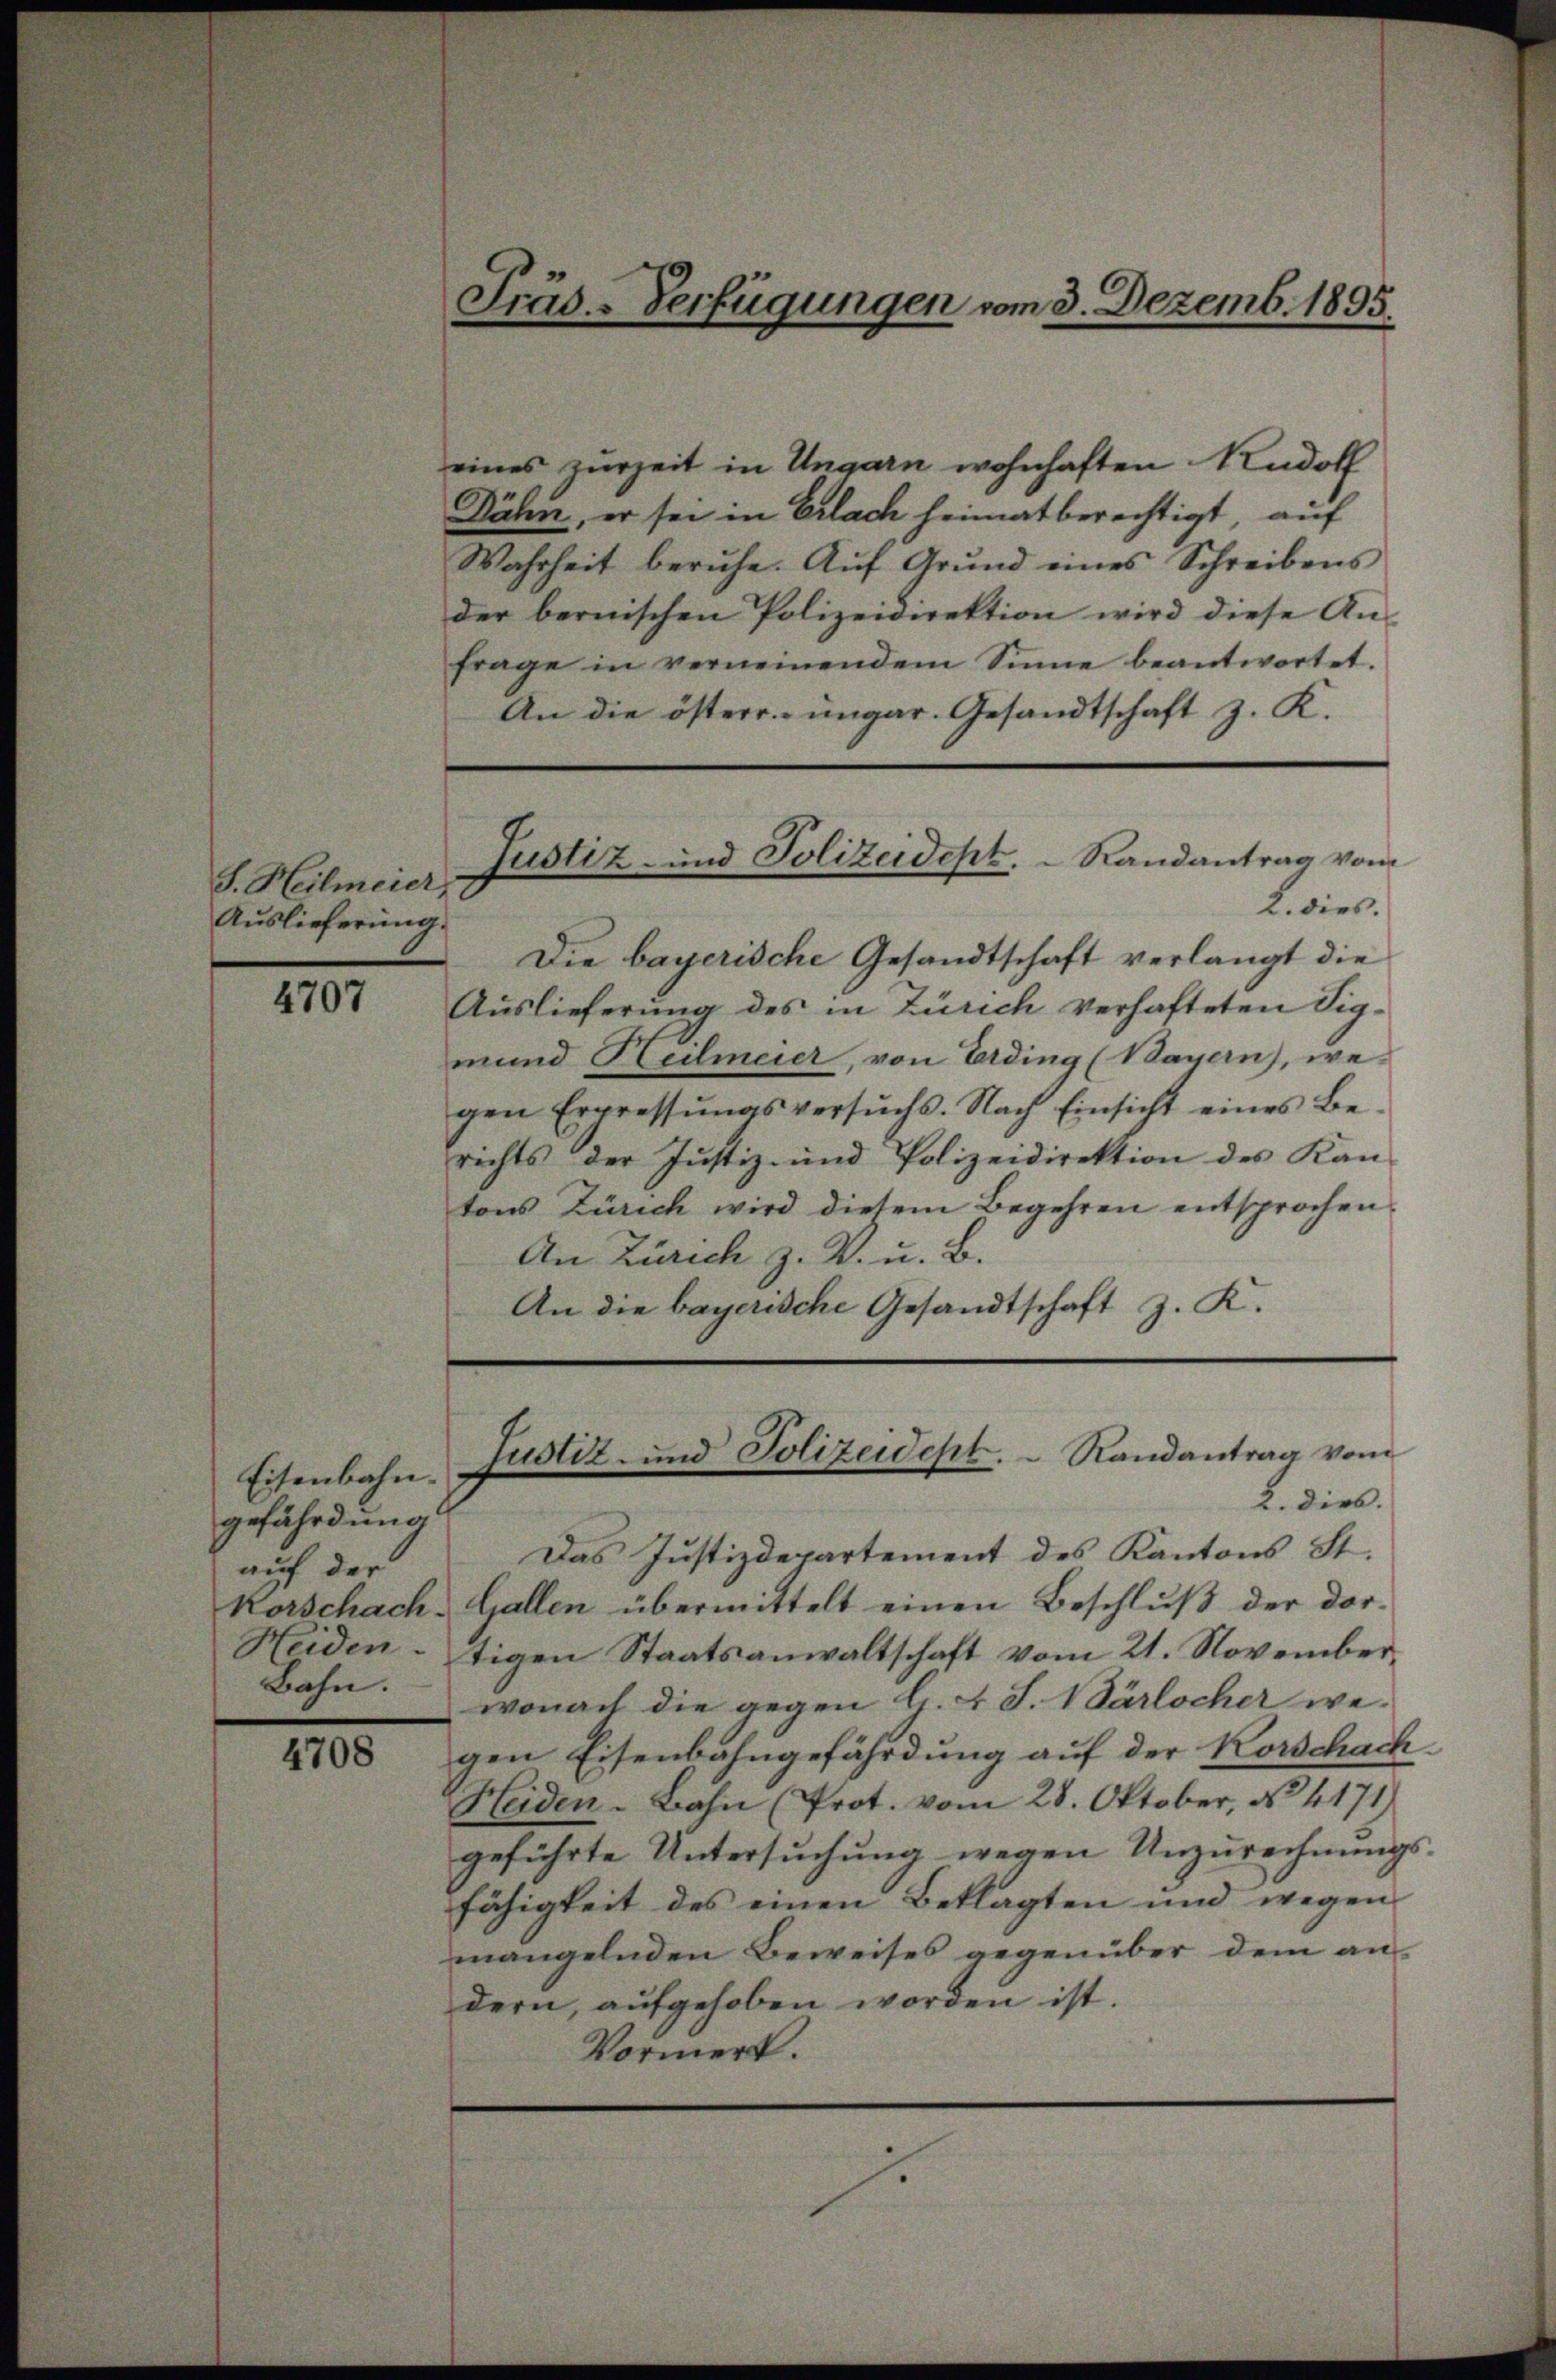
S. Heilmeier,
Auslieferung.

4707

Eisenbahn.
gefährdung
auf der
Bahn.

4708

Fräs-Verfügungen vom 3. Dezemb. 1895.

Dähn, er sei in Erlach heimat berechtigt, auf
Wahrheit beruhe. Aŭf Grŭnd eines Schreibens
der bernischen Polizeidirektion wird diese An-
frage in verneinendem Sinne beantwortet.
An die österr. ungar. Gesandtschaft z. K.

Justiz- und Polizeidept.   Randantrag vom

eines zurzeit in Ungarn wohnhaften Rudolf
2. dies.
Die bayerische Gesandtschaft verlangt die
Auslieferung des in Zürich verhafteten Sigmund Heilmeier, von Erding (Bayern), we
gen Erpressŭngsversŭchs. Nach Einsicht eines Be-
richts der Justiz- und Polizeidirektion des Kan-
tons Zürich wird diesem Begehren entsprochen
An Zürich z. V. u. B.
An die bayerische Gesandtschaft z. K.

Justiz- und Polizeidept.  Randantrag vom
2. dies.

Das Justizdepartement des Kantons St.
Rorschach. Gallen übermittelt einen Beschlŭβ der dor-
Heidentigen Staatsanwaltschaft vom 21. Novemberwonach die gegen A. v. J. Wärlocher wegen Eisenbahngefährdung auf der Korschach
Heiden-Bahn (Prot. vom 28. Oktober, No. 4171)
geführte Untersuchung wegen Unzurechnungs-
fähigkeit des einen Beklagten und wegen
mangelnden Beweises gegenüber dem an-
dern, aufgehoben worden ist.
Vormerk